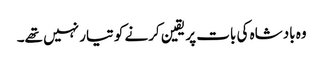
وہ بادشاہ کی بات پر یقین کرنے کو تیار نہیں تھے۔